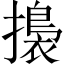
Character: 𢶑